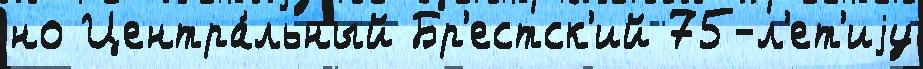
но Центра́льный Бр'естск'ий 75-л'ет'иjу